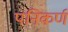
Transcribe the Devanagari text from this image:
पनिकर्ण